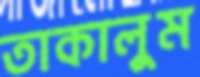
তাকালুম